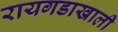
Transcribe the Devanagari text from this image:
रायगडाखाली